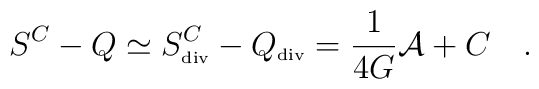
S^C-Q\simeq S^C_{\tiny\mbox{div}}-Q_{\tiny\mbox{div}}={1 \over 4G}{\cal A}+C~~~.